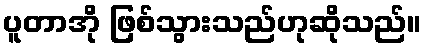
ပူတာအို ဖြစ်သွားသည်ဟုဆိုသည်။